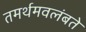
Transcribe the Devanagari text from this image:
तमर्थमवलंबते